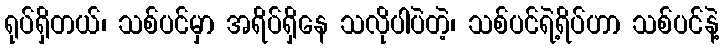
ရုပ်ရှိတယ်၊ သစ်ပင်မှာ အရိပ်ရှိနေ သလိုပါပဲတဲ့၊ သစ်ပင်ရဲ့ရိပ်ဟာ သစ်ပင်နဲ့